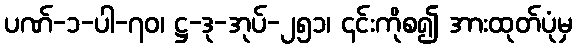
ပဏ်-၁-ပါ-၇၀၊ ဋ္ဌ-ဒု-အုပ်-၂၅၁၊ ၎င်းကိုစ၍ အားထုတ်ပုံမှ